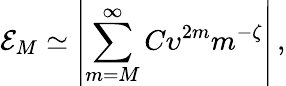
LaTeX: \mathcal{E}_{M}\simeq\left|\sum_{m=M}^{\infty}C\upsilon^{2m}m^{-\zeta}\right|\, ,